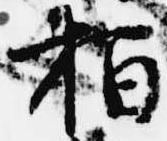
柏